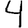
Digit: 4